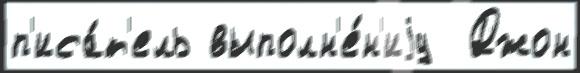
п'иса́т'ель выполн'е́н'иjу  Джон